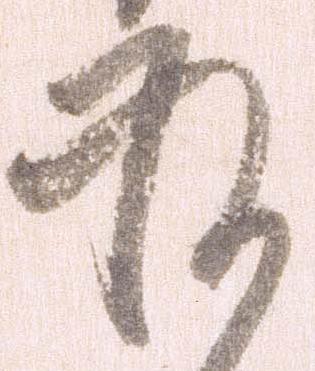
承